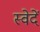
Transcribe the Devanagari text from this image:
स्वेदें